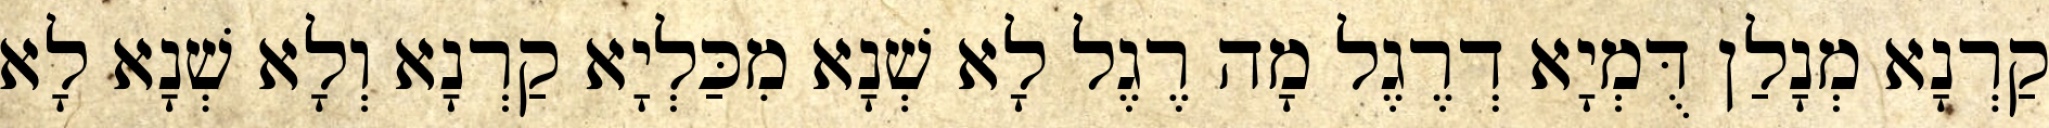
קַרְנָא מְנָלַן דֻּמְיָא דְרֶגֶל מָה רֶגֶל לָא שְׁנָא מִכַּלְיָא קַרְנָא וְלָא שְׁנָא לָא